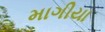
માગીયા